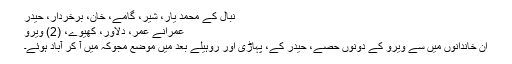
نبال کے محمد یار، شیر، گامے، خان، برخردار، حیدر
عمرانے عمر، دلاور، کھیوے، (2) ویرو
ان خاندانوں میں سے ویرو کے دونوں حصے، حیدر کے، پہاڑی اور روہیلے بعد میں موضع مجوکہ میں آ کر آباد ہوئے۔